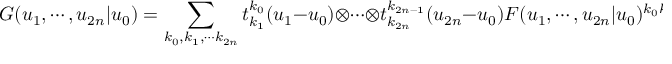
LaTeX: G ( u _ { 1 } , \cdots , u _ { 2 n } | u _ { 0 } ) = \sum _ { k _ { 0 } , k _ { 1 } , \cdots k _ { 2 n } } t _ { k _ { 1 } } ^ { k _ { 0 } } ( u _ { 1 } - u _ { 0 } ) \otimes \cdots \otimes t _ { k _ { 2 n } } ^ { k _ { 2 n - 1 } } ( u _ { 2 n } - u _ { 0 } ) F ( u _ { 1 } , \cdots , u _ { 2 n } | u _ { 0 } ) ^ { k _ { 0 } k _ { 1 } \cdots k _ { 2 n } } .